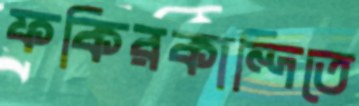
ফকিরকান্দিতে